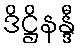
ဒိဋ္ဌိနန္ဒီ